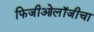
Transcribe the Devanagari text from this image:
फिजीओलॉजीचा